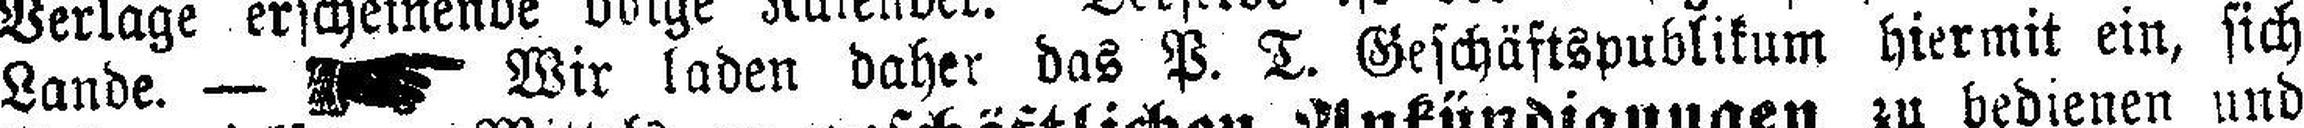
Lande. — Wir laden daher das P. T. Geschäftspublikum hiermit ein, sich